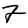
Digit: 7